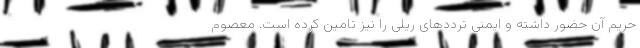
حریم آن حضور داشته و ایمنی ترددهای ریلی را نیز تامین کرده است. معصوم